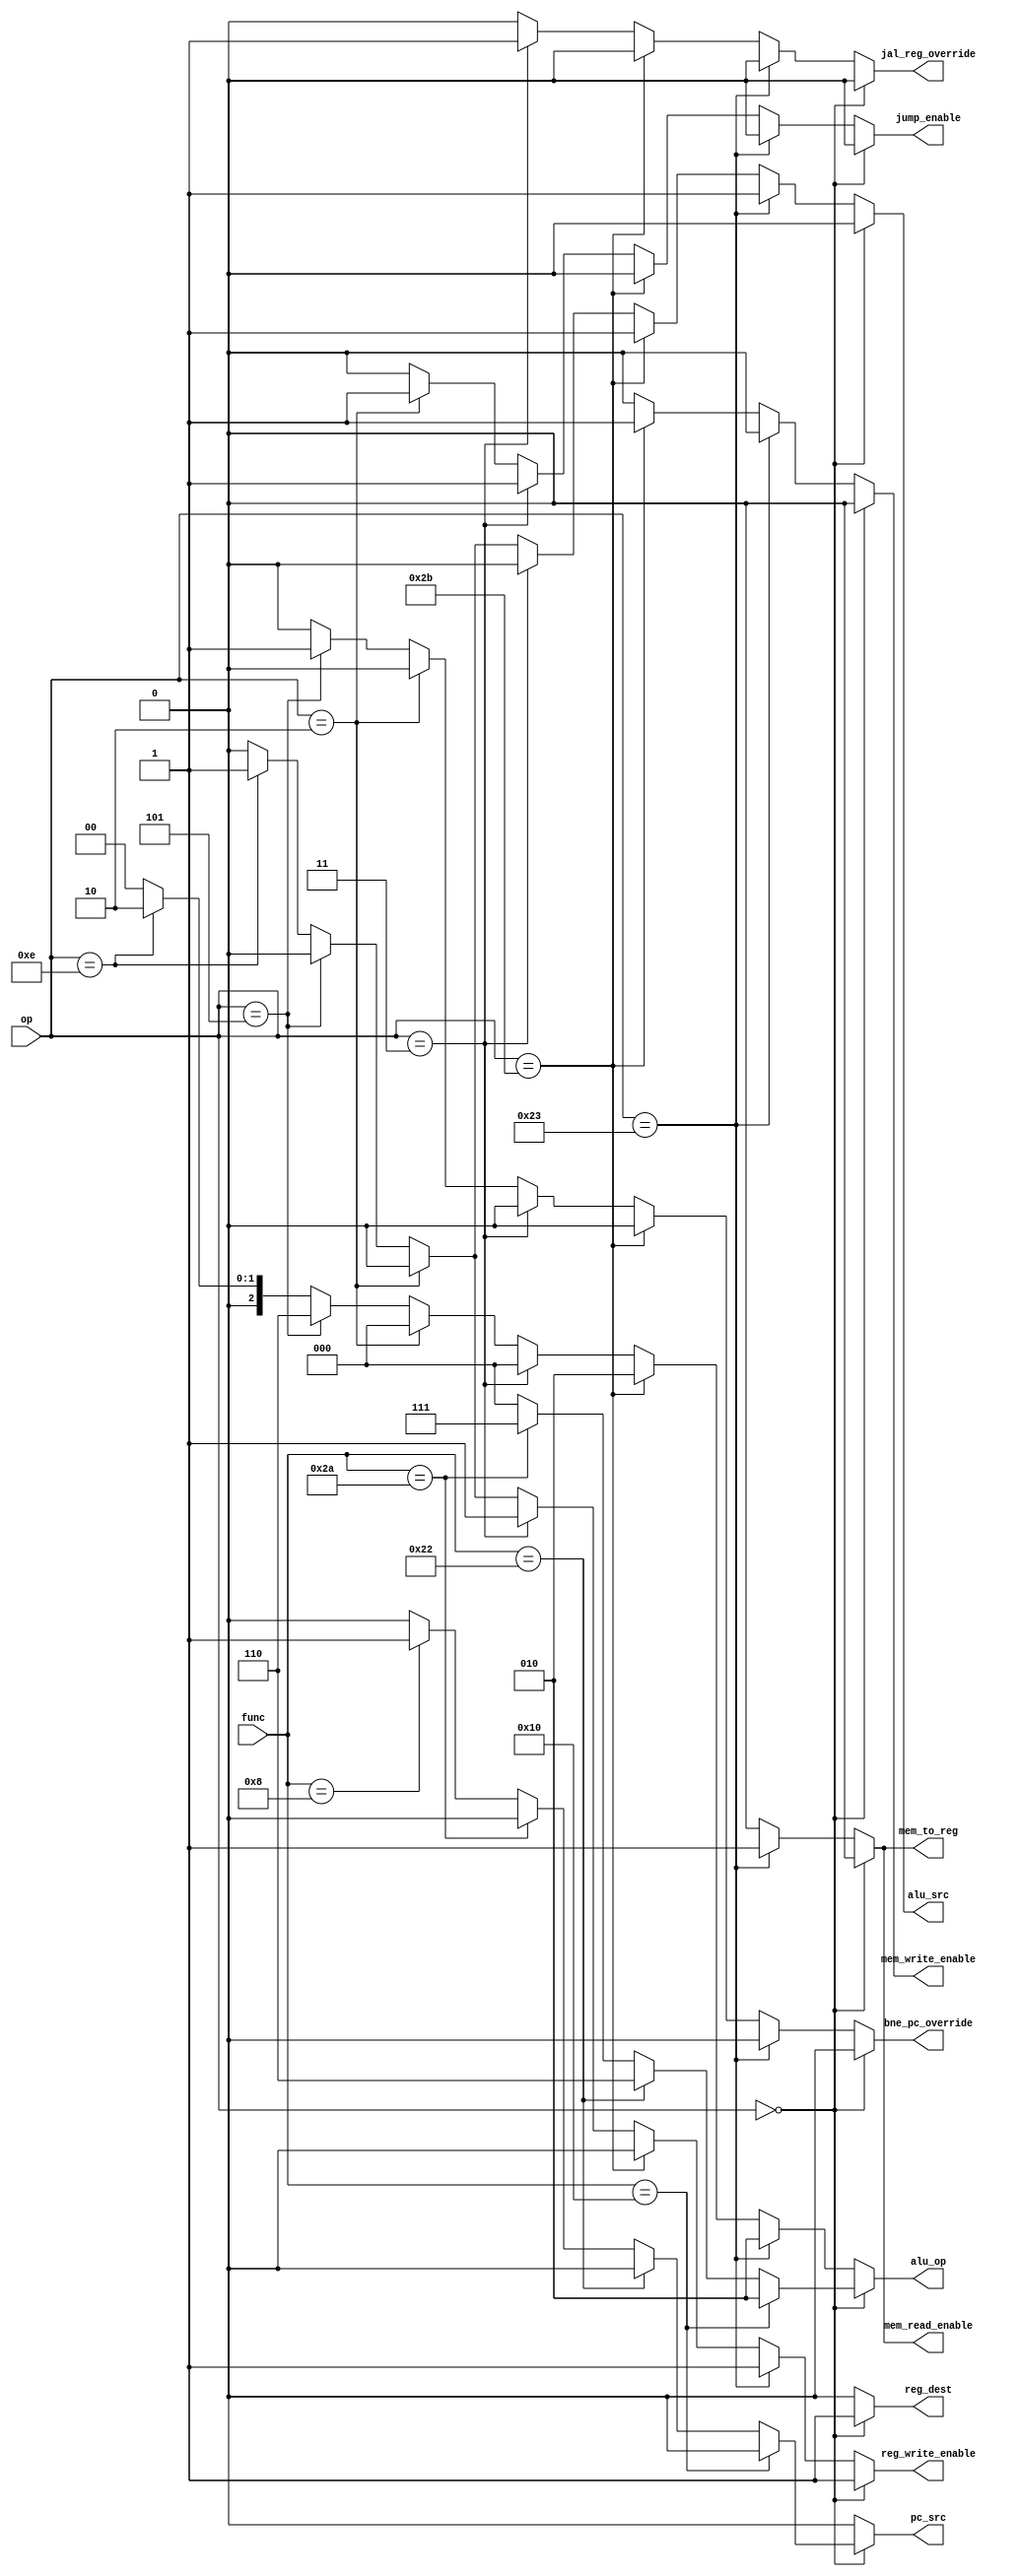
module control_module(
	input[5:0] op,
	input[5:0] func,
	output reg reg_dest,
	output reg alu_src,
	output reg mem_write_enable, 
	output reg mem_to_reg, 
	output reg pc_src,
	output reg reg_write_enable,
	output reg mem_read_enable,
	output reg[2:0] alu_op,
	output reg jump_enable,
	output reg bne_pc_override,
	output reg jal_reg_override
);
	always @(op or func) begin
		reg_dest = 0;
		alu_src = 0;
		mem_write_enable = 0;
		mem_read_enable = 0;
		mem_to_reg = 0;
		pc_src = 0;
		reg_write_enable = 0;
		alu_op = 3'b0;
		jump_enable = 0;
		bne_pc_override = 0;
		jal_reg_override = 0;

		if (op == 6'b0) begin
			reg_dest = 1;
			reg_write_enable = 1;
			if (func == 6'b010000) begin //add
				alu_op = 3'b010;
			end
			else if (func == 6'b100010) begin //sub
				alu_op = 3'b110;
			end
			else if (func == 6'b101010) begin //slt
				alu_op = 3'b111;
			end
			else if (func == 6'b001000) begin //jr
				pc_src = 1;
			end
		end
		else if (op == 6'b100011) begin //LW
			alu_src = 1;
			mem_to_reg = 1;
			reg_write_enable = 1;
			mem_read_enable = 1;
			alu_op = 3'b010;
		end
		else if (op == 6'b101011) begin //SW
			alu_src = 1;
			mem_write_enable = 1;
			alu_op = 3'b010;
		end
		else if (op == 6'b000011) begin //jal
			jump_enable = 1;
			reg_write_enable = 1;
			jal_reg_override = 1;
		end
		else if (op == 6'b000010) begin //j
			jump_enable = 1;
		end
		else if (op == 6'b000101) begin //bne
			alu_op = 3'b110;
			bne_pc_override = 1;
		end
		else if (op == 6'b001110) begin //xori
			alu_src = 1;
                        alu_op = 3'd2;
			reg_write_enable = 1;
		end
	end
endmodule